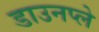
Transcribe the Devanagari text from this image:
डाउनप्ले